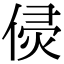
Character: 𠊸